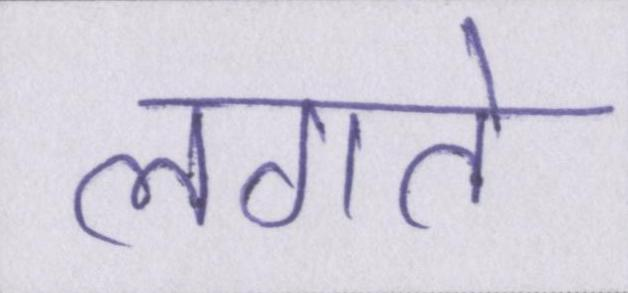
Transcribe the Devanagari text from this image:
लगते